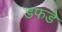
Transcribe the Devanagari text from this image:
डफडे